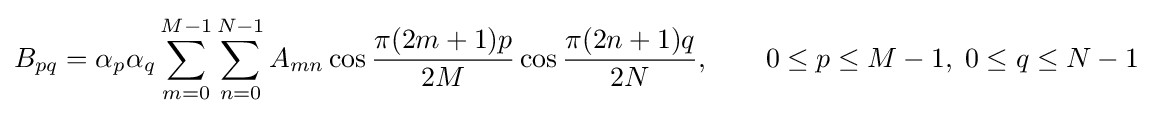
B_{pq}=\alpha _{p}\alpha _{q}\sum _{m=0}^{M-1}\sum _{n=0}^{N-1}A_{mn}\cos {\frac {\pi (2m+1)p}{2M}}\cos {\frac {\pi (2n+1)q}{2N}},\qquad 0\leq p\leq M-1,\;0\leq q\leq N-1